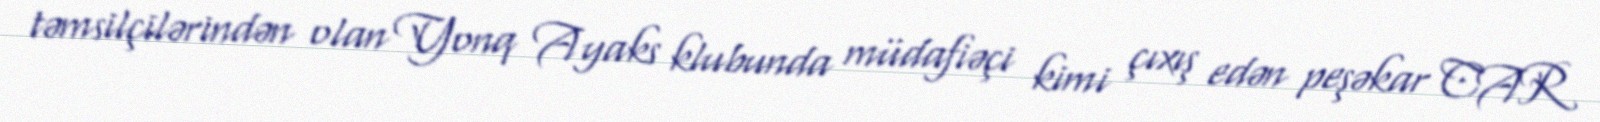
təmsilçilərindən olan Yonq Ayaks klubunda müdafiəçi kimi çıxış edən peşəkar CAR